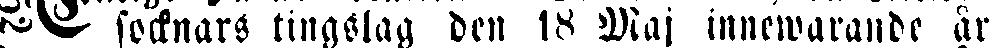
# socknars tingslag den 18 Maj innewarande år